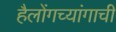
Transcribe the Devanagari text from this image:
हैलोंगच्यांगाची